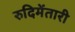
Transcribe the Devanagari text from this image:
रुदिमेंतारी